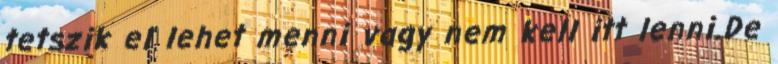
tetszik el lehet menni vagy nem kell itt lenni.De